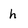
Character: h